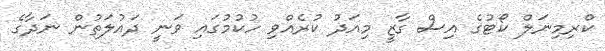
ކްރިމިނަލް ކޯޓުގެ އިސް ގާޒީ މިއަދު ކުރެއްވި ހުކުމުގައި ވަނީ ދައުލަތުން ނަދާގެ